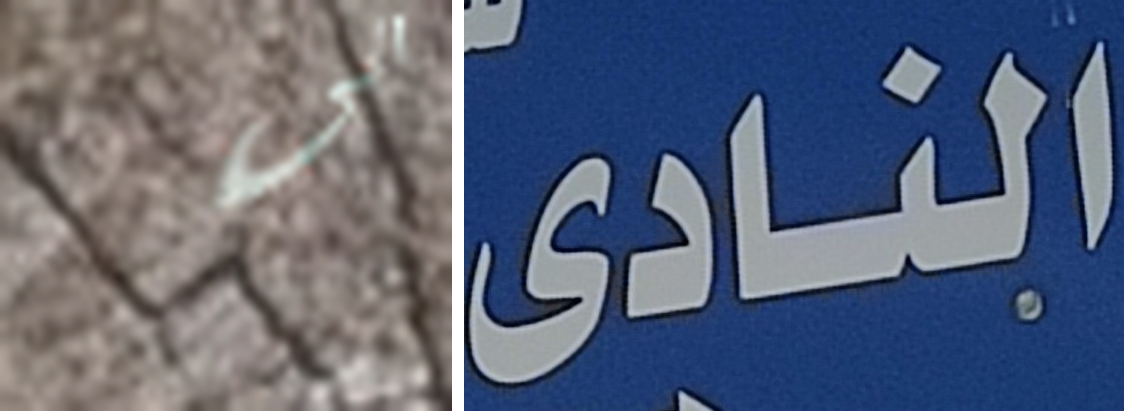
الى النادى